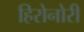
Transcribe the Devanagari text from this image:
हिरोनोरी